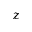
z